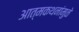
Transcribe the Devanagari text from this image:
आत्मकथनांमुळे